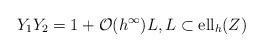
LaTeX: \begin{align*} Y_1Y_2=1+\mathcal{O}(h^\infty) L, L\subset {\rm ell}_h(Z)\end{align*}